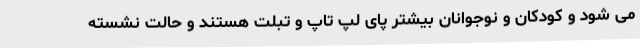
می شود و کودکان و نوجوانان بیشتر پای لپ تاپ و تبلت هستند و حالت نشسته